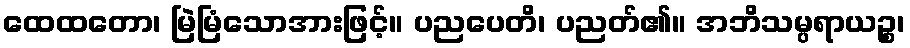
ထေထတော၊ မြဲမြံသောအားဖြင့်။ ပညပေတိ၊ ပညတ်၏။ အဘိသမ္ပရာယဉ္စ၊